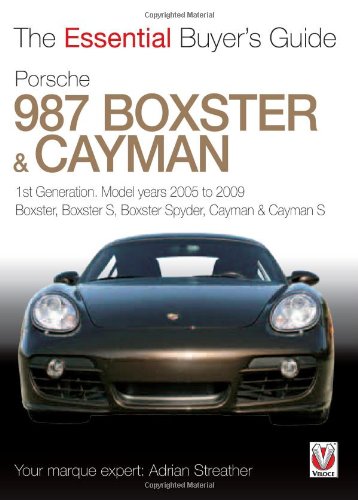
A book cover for Porsche 987 Boxster & Cayman: 1st Generation: Model Years 2005 to 2009 Boxster, Boxster S, Boxster Spyder, Cayman & Caym (The Essential Buyer's Guide); Adrian Streather; Engineering & Transportation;